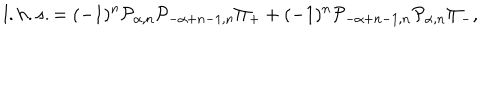
l . h . s . = ( - 1 ) ^ { n } { \cal P } _ { \alpha , n } { \cal P } _ { - \alpha + n - 1 , n } \Pi _ { + } + ( - 1 ) ^ { n } { \cal P } _ { - \alpha + n - 1 , n } { \cal P } _ { \alpha , n } \Pi _ { - } ,